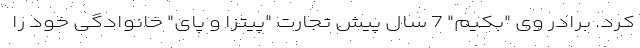
کرد. برادر وی "بکیم" 7 سال پیش تجارت "پیتزا و پای" خانوادگی خود را